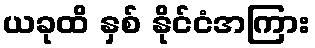
ယခုထိ နှစ် နိုင်ငံအကြား